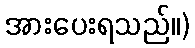
အားပေးရသည်။)